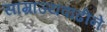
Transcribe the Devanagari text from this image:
साम्राज्यवाढीने